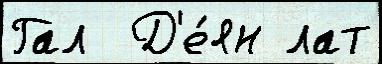
Гал  Д'е́ян лат